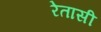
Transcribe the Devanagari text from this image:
रेतासी